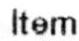
ITEM